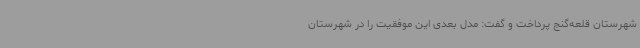
شهرستان قلعه‌گنج پرداخت و گفت: مدل بعدی این موفقیت را در شهرستان